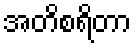
အတိစရိတာ